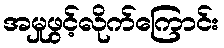
အမှုဖွင့်လိုက်ကြောင်း